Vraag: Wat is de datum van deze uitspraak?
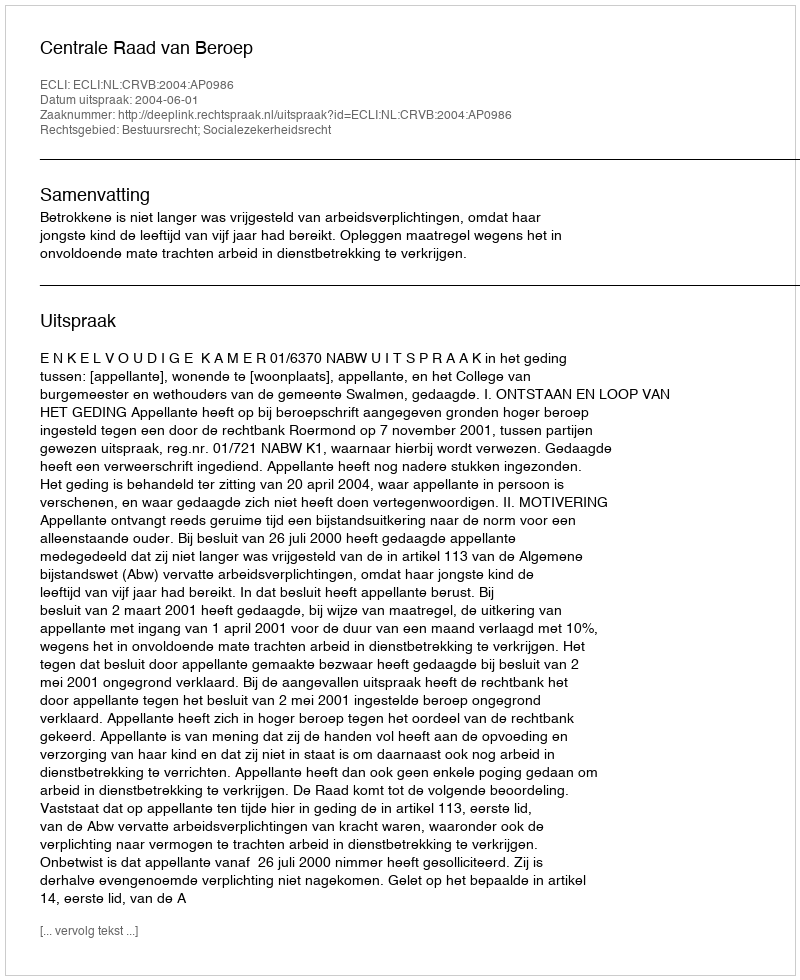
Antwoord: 2004-06-01